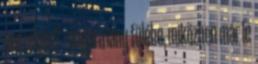
veszélyes? - súgja a lány fülébe, miközben már le